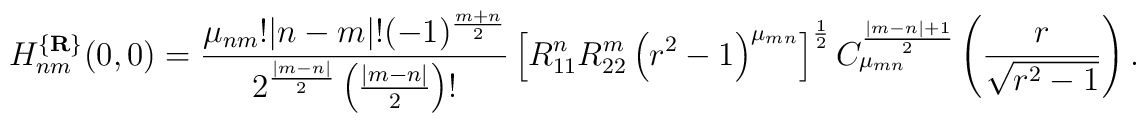
H_{nm}^{\{{\bf R}\}}(0,0)=\frac {\mu_{nm}!|n-m|!(-1)^{\frac {m+n}2}}{2^{\frac {|m-n|}2}\left(\frac {|m-n|}2\right)!}\left[R_{11}^nR_{22}^m\left(r^2-1\right)^{\mu_{mn}}\right]^{\frac12}C_{\mu_{mn}}^{\frac {|m-n|+1}2}\left(\frac r{\sqrt {r^2-1}}\right).